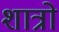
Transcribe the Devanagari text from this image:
शात्रो